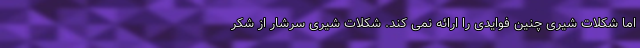
اما شکلات شیری چنین فوایدی را ارائه نمی کند. شکلات شیری سرشار از شکر